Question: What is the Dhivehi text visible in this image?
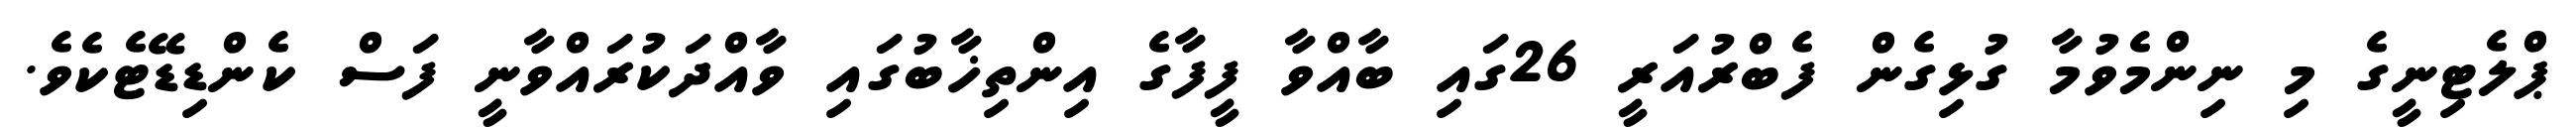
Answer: ޕްލެޓިނީގެ މި ނިންމެވުމާ ގުޅިގެން ފެބްރުއަރީ 26ގައި ބާއްވާ ފީފާގެ އިންތިޚާބުގައި ވާއްދަކުރައްވާނީ ފަސް ކެންޑިޑޭޓެކެވެ.